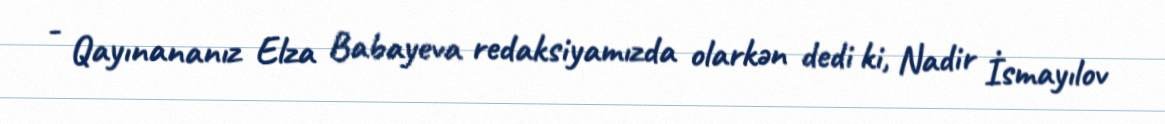
- Qayınananız Elza Babayeva redaksiyamızda olarkən dedi ki, Nadir İsmayılov